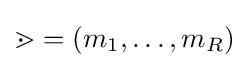
\mathbb {m} =(m_{1},\ldots ,m_{R})